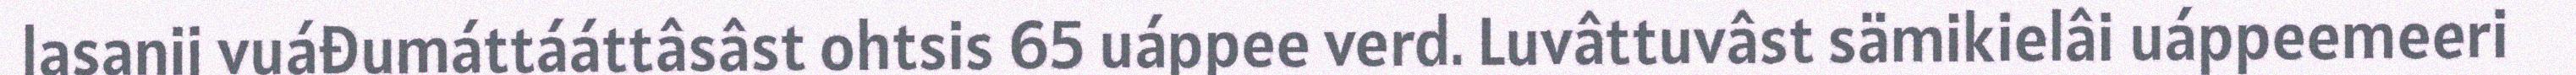
lasanij vuáđumáttááttâsâst ohtsis 65 uáppee verd. Luvâttuvâst sämikielâi uáppeemeeri